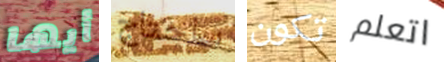
أيها ساحتاج تكون اتعلم